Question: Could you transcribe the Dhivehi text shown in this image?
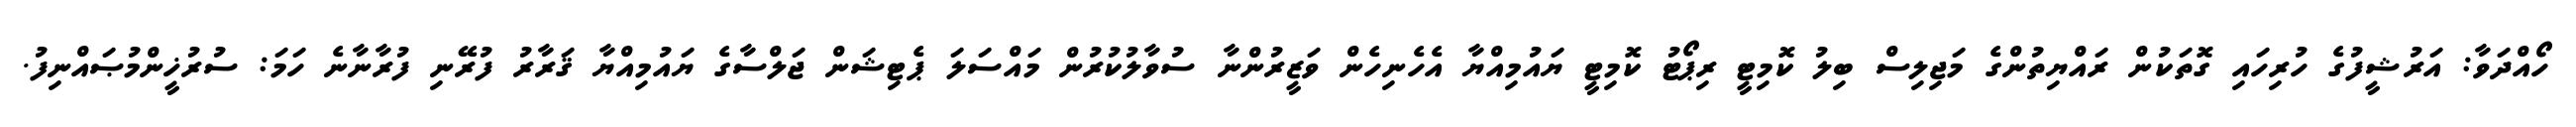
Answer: ހޯއްދަވާ: އަރުޝީފުގެ ހުރިހައި ގޮތަކުން ރައްޔިތުންގެ މަޖިލިސް ބިލު ކޮމިޓީ ރިޕޯޓު ކޮމިޓީ ޔައުމިއްޔާ އެހެނިހެން ވަޒީރުންނާ ސުވާލުކުރުން މައްސަލަ ޕެޓިޝަން ޖަލްސާގެ ޔައުމިއްޔާ ޤަރާރު ފުރޭނި ފުރާނާނެ ހަމަ: ސުރުޚީންމުޞައްނިފު.